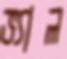
ভ্যাল